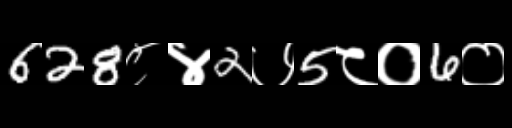
Text: 628८४2७5८०6०